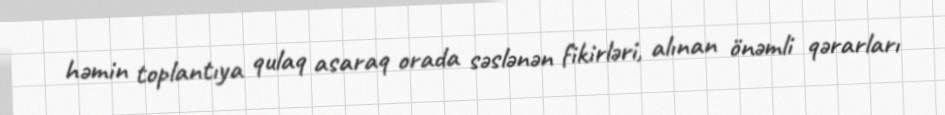
həmin toplantıya qulaq asaraq orada səslənən fikirləri, alınan önəmli qərarları